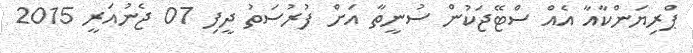
ޕްރިޔަންކާއާ އެއް ސްޓޭޖަކުން ސުނީތާ އަށް ފުރުސަތު ދީފި 07 ޖެނުއަރީ 2015